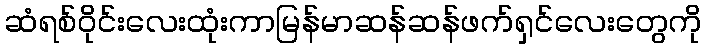
ဆံရစ်ဝိုင်းလေးထုံးကာမြန်မာဆန်ဆန်ဖက်ရှင်လေးတွေကို